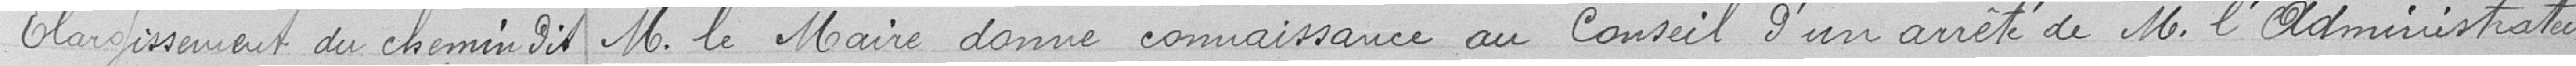
Elargissement du chemin dit  M. le Maire donne connaissance au conseil d'un arrêté de M. l'Administrateur